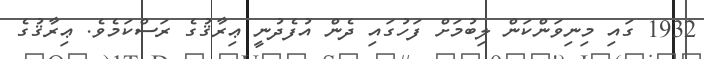
1932 ގައި މިނިވަންކަން ލިބުމަށް ފަހުގައި ދެން އުފެދުނީ ޢިރާޤުގެ ރަސްކަމެވެ. ޢިރާޤުގެ